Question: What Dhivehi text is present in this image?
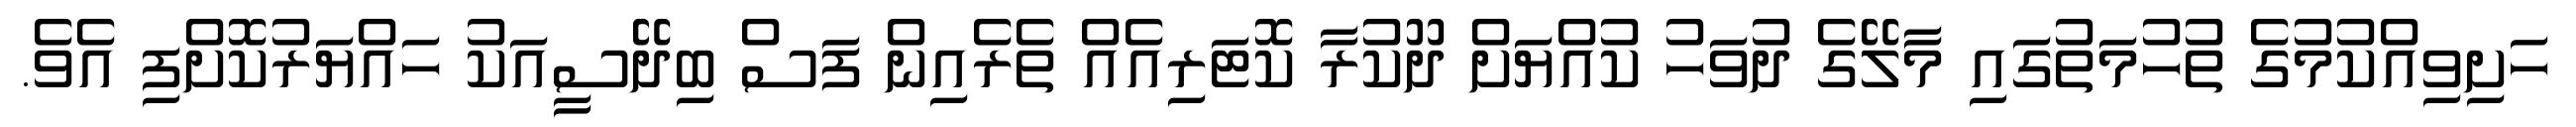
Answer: ހަށިވިއްކުމުގެ ތުހުމަތުގައި މާލޭގެ ދުވަހު ކުއްޔަށް ދޫކުރާ ކޮޓަރިއެއް ތެރެއިން ފަސް ބިދޭސީއަކު ހައްޔަރުކޮށްފި އެވެ.